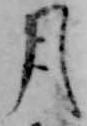
月